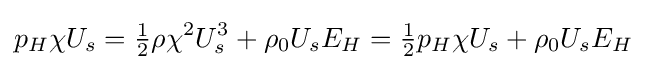
p_{H}\chi U_{s}={\tfrac {1}{2}}\rho \chi ^{2}U_{s}^{3}+\rho _{0}U_{s}E_{H}={\tfrac {1}{2}}p_{H}\chi U_{s}+\rho _{0}U_{s}E_{H}